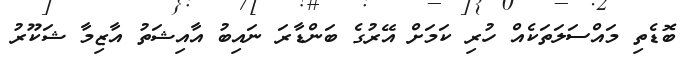
ބޮޑެތި މައްސަލަތަކެއް ހުރި ކަމަށް އޭރުގެ ބަންޑާރަ ނައިބު އާއިޝަތު އާޒިމާ ޝަކޫރު